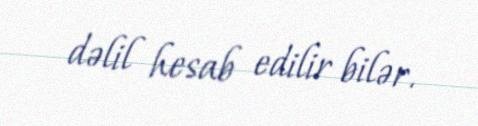
dəlil hesab edilir bilər.